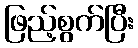
ဖြည့်စွက်ပြီး